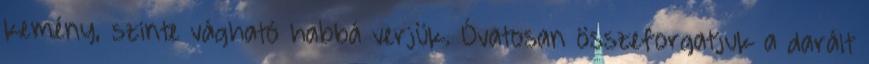
kemény, szinte vágható habbá verjük. Óvatosan összeforgatjuk a darált